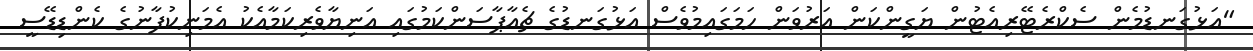
"އަޅުގަނޑުމެން ސެކްރެޓޭރިއެޓުން ޔަގީންކަން އަރުވަން ހަމަގައިމުވެސް އަޅުގަނޑުގެ ޗެއާޕާސަންކަމުގައި އަނިޔާވެރިކަމާއެކު އެމަނިކުފާނުގެ ކެންޑިޑޭސީ